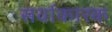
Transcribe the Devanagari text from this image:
सर्वाकारक